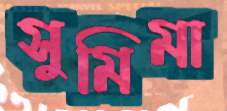
সুমিমা